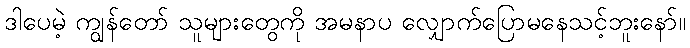
ဒါပေမဲ့ ကျွန်တော် သူများတွေကို အမနာပ လျှောက်ပြောမနေသင့်ဘူးနော်။